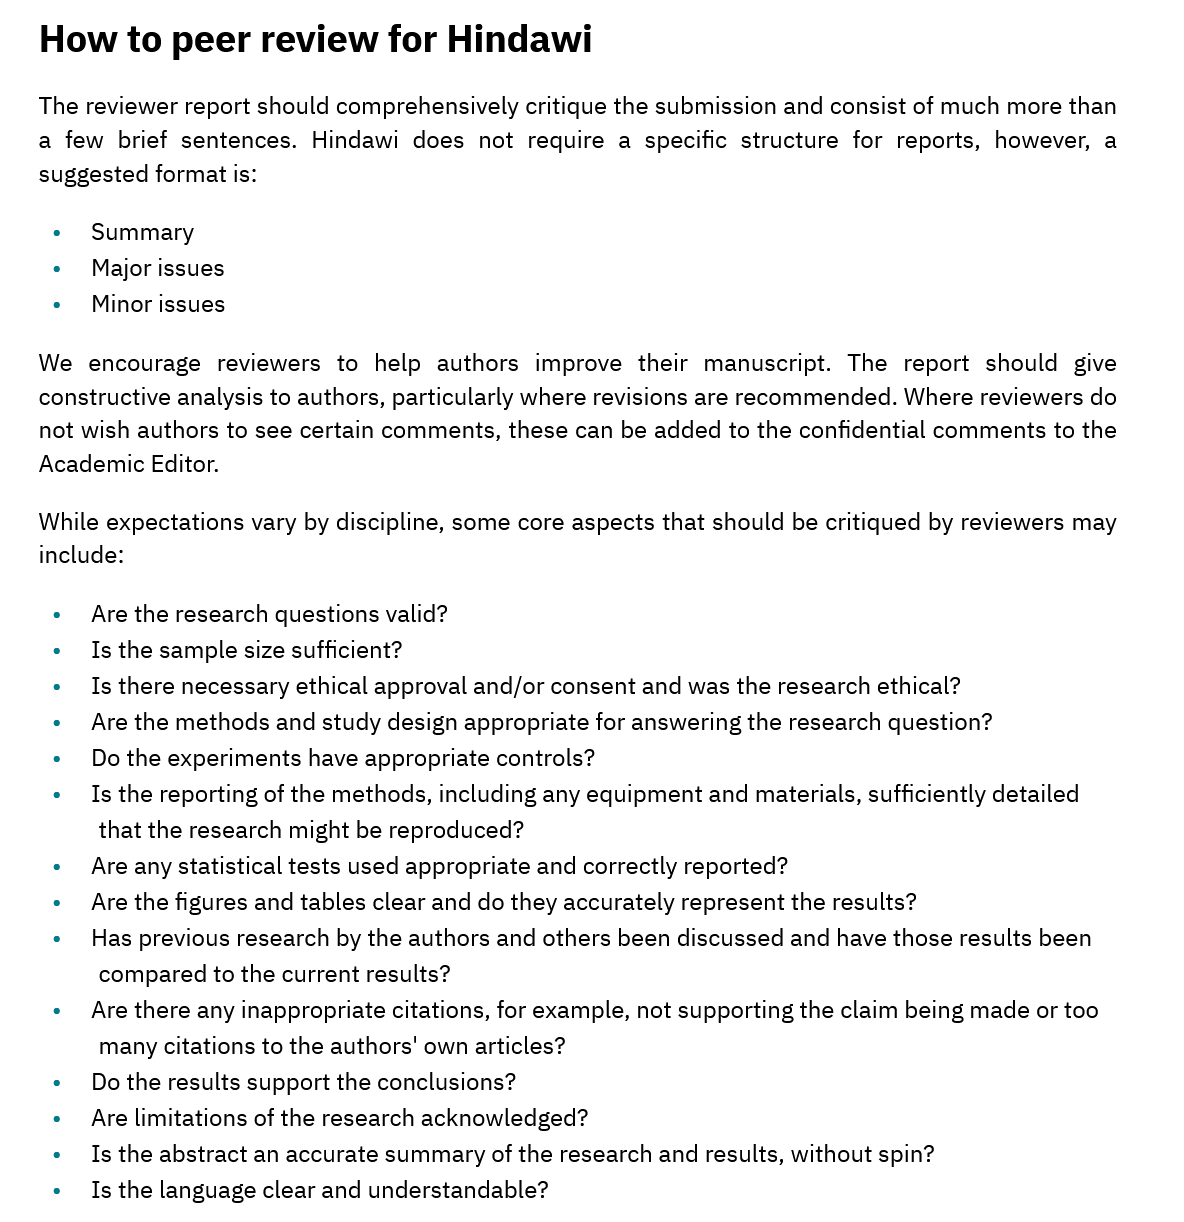
How to    peer  review    for  Hindawi
    The reviewer report should comprehensively critique the submission and consist of much more than
    a few brief sentences. Hindawi does not require a specific structure for reports, however, a
    suggested format is:
     e« Summary
     e  Major issues
     °  Minor issues
    We  encourage reviewers to help authors improve their manuscript. The report should give
    constructive analysis to authors, particularly where revisions are recommended. Where reviewers do
    not wish authors to see certain comments, these can be added to the confidential comments to the
    Academic Editor.
    While expectations vary by discipline, some core aspects that should be critiqued by reviewers may
    include:
     *  Are the research questions valid?
     *   Is the sample size sufficient?
     e   Is there necessary ethical approval and/or consent and was the research ethical?
     e  Are the methods and study design appropriate for answering the research question?
     *  Do the experiments have appropriate controls?
     *   Is the reporting of the methods, including any equipment and materials, sufficiently detailed
     that the research might be reproduced?
     °  Are any statistical tests used appropriate and correctly reported?
     e  Are the figures and tables clear and do they accurately represent the results?
     *  Has previous research by the authors and others been discussed and have those results been
     compared to the current results?
     e  Are there any inappropriate citations, for example, not supporting the claim being made or too
     many citations to the authors’ own articles?
     *  Do the results support the conclusions?
     °  Are limitations of the research acknowledged?
     *   Is the abstract an accurate summary of the research and results, without spin?
     *   Is the language clear and understandable?